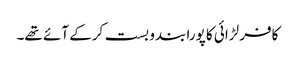
کافر لڑائی کا پورا بندو بست کرکے آئے تھے۔